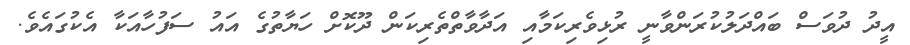
އީދު ދުވަސް ބައްދަލުކުރަންވާނީ ރުޅިވެރިކަމާއި އަދާވާތްތެރިކަން ދޫކޮށް ހަޔާތުގެ އައު ސަފުހާއަކާ އެކުގައެވެ.